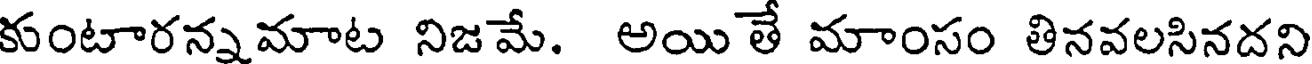
కుంటారన్నమాట నిజమే. అయి తే మాంసం తినవలసినదని